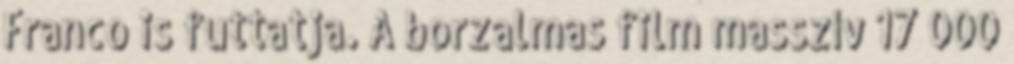
Franco is futtatja. A borzalmas film masszív 17 000